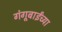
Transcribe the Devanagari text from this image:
गंगूबाईंच्या